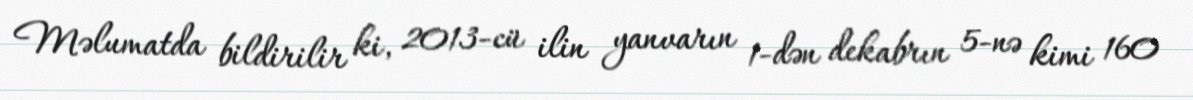
Məlumatda bildirilir ki, 2013-cü ilin yanvarın 1-dən dekabrın 5-nə kimi 160